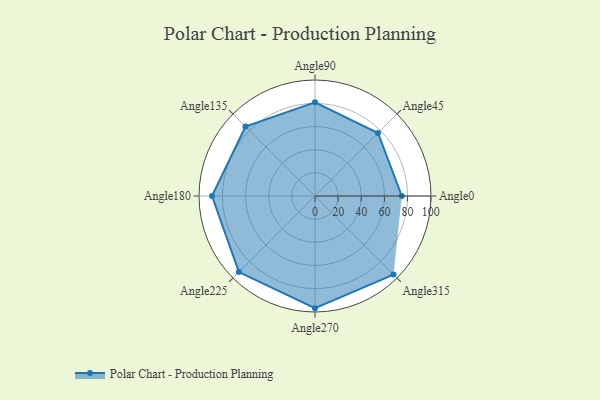
{"axis": {"x": "Angle", "y": "Radius"}, "legend": [""], "data": [{"x": "Angle0", "y": 75.0, "type": ""}, {"x": "Angle45", "y": 77.0, "type": ""}, {"x": "Angle90", "y": 81.0, "type": ""}, {"x": "Angle135", "y": 85.0, "type": ""}, {"x": "Angle180", "y": 89.0, "type": ""}, {"x": "Angle225", "y": 93.0, "type": ""}, {"x": "Angle270", "y": 97.0, "type": ""}, {"x": "Angle315", "y": 96.0, "type": ""}]}